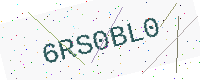
Text: 6RS0BL0